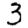
Digit: 3